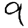
Digit: 9